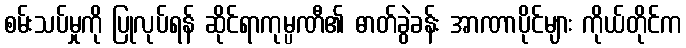
စမ်းသပ်မှုကို ပြုလုပ်ရန် ဆိုင်ရာကုမ္ပဏီ၏ ဓာတ်ခွဲခန်း အာဏာပိုင်များ ကိုယ်တိုင်က